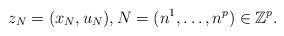
LaTeX: \begin{align*}z_N = (x_N,u_N),N=(n^1,\ldots,n^p)\in \mathbb{Z}^p.\end{align*}